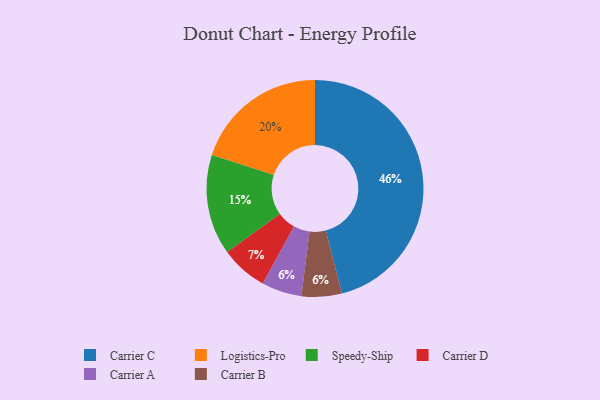
{"axis": {"x": "Category", "y": "Percentage"}, "legend": ["Carrier A", "Carrier B", "Carrier C", "Carrier D", "Logistics-Pro", "Speedy-Ship"], "data": [{"x": "Carrier D", "y": 7, "type": "Carrier D"}, {"x": "Logistics-Pro", "y": 20, "type": "Logistics-Pro"}, {"x": "Carrier C", "y": 46, "type": "Carrier C"}, {"x": "Carrier A", "y": 6, "type": "Carrier A"}, {"x": "Speedy-Ship", "y": 15, "type": "Speedy-Ship"}, {"x": "Carrier B", "y": 6, "type": "Carrier B"}]}